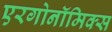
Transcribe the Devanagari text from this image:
एरगोनॉमिक्स